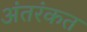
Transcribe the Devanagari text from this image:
अंतरंकत